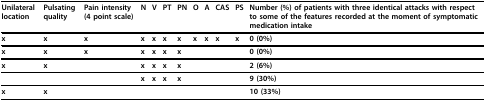
| Unilateral location | Pulsating quality | Pain intensity (4 point scale) | N | V | PT | PN | O | A | CAS | PS | Number (%) of patients with three identical attacks with respect to some of the features recorded at the moment of symptomatic medication intake |
 | --- | --- | --- | --- | --- | --- | --- | --- | --- | --- | --- | --- |
 | x | x | x | x | x | x | x | x | x | x | x | 0 (0%) |
 | x | x | x | x | x | x | x |  |  |  |  | 0 (0%) |
 | x | x |  | x | x | x | x |  |  |  |  | 2 (6%) |
 |  |  |  | x | x | x | x |  |  |  |  | 9 (30%) |
 | x | x |  |  |  |  |  |  |  |  |  | 10 (33%) |